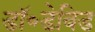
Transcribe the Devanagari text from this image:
डॉ॰डेविड